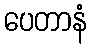
ပေတာနံ